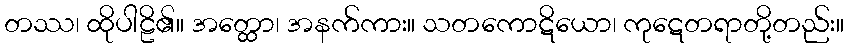
တဿ၊ ထိုပါဠိ၏။ အတ္ထော၊ အနက်ကား။ သတကောဋိယော၊ ကုဋေတရာတို့တည်း။